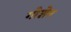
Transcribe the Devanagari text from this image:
गोशेन